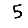
Digit: 5